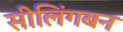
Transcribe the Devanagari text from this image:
सीलिंगबन